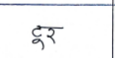
मजकूर: टूर